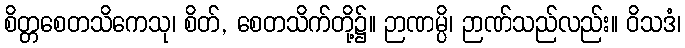
စိတ္တစေတသိကေသု၊ စိတ်, စေတသိက်တို့၌။ ဉာဏမ္ပိ၊ ဉာဏ်သည်လည်း။ ဝိသဒံ၊